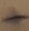
Text: +